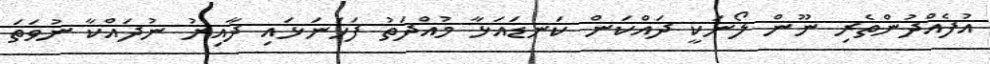
އުފެއްދުންތެރި ނޫން ލޯނަކީ ދައްކަން ކަނޑައަޅާ މުއްދަތު ފަހަނަޅައި ދާއިރު ނުދައްކާ ނުވަތަ